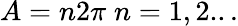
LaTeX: A=n2\pi\; n=1,2...